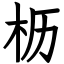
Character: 枥